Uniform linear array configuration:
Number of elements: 16
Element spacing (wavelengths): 0.75
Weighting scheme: uniform
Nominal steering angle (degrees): -45
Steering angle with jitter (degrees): -46.815
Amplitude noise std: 0.05
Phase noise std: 0.05

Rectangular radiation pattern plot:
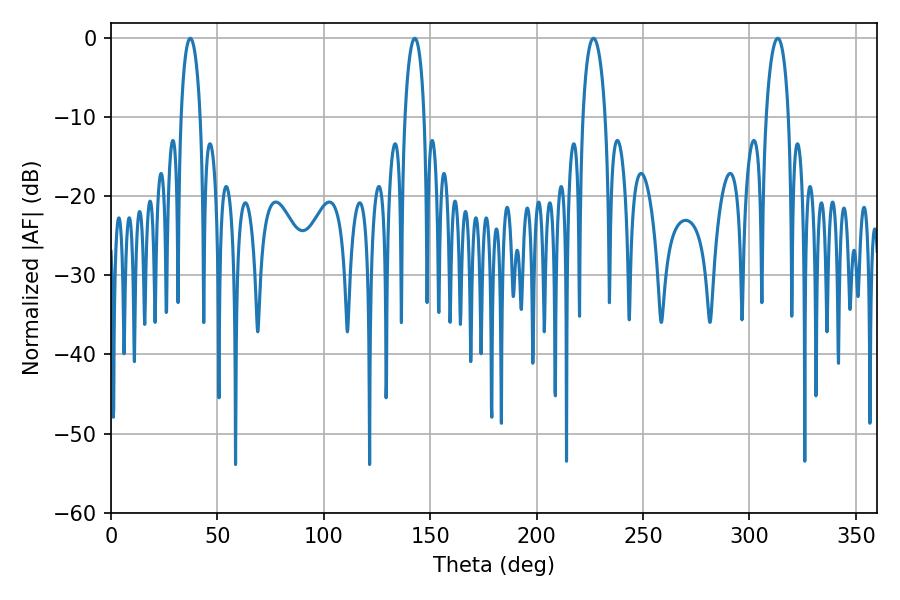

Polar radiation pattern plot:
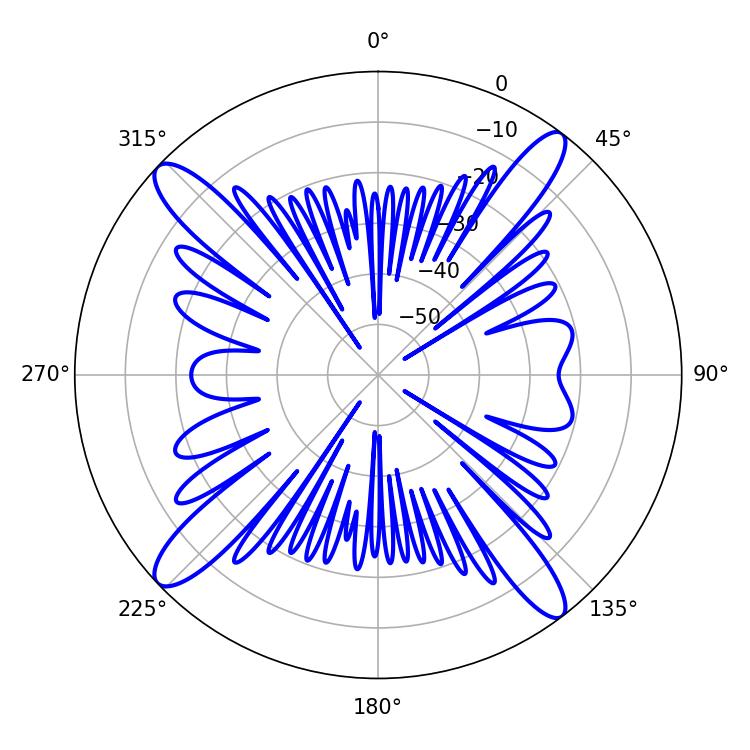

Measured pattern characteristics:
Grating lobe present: TRUE
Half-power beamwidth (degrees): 5.22
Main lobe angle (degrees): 37.26